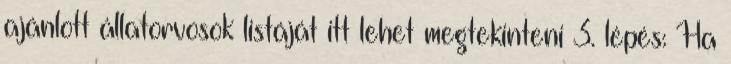
ajánlott állatorvosok listáját itt lehet megtekinteni 3. lépés: Ha